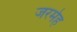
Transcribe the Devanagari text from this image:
जरमेह